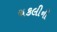
ચકલીની